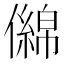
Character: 㒙